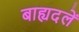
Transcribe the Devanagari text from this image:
बाह्यदलें